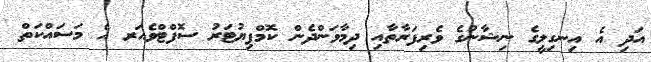
އަދި އެ އިނގިލީގެ ނިޝާނުގެ ވެރިފަރާތާއި ދިމާވަންދެން ކޮމްޕިޔުޓަރު ސޮފްޓްވެއަރ އެ މަސައްކަތް